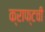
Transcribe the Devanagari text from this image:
क्राफ्टची